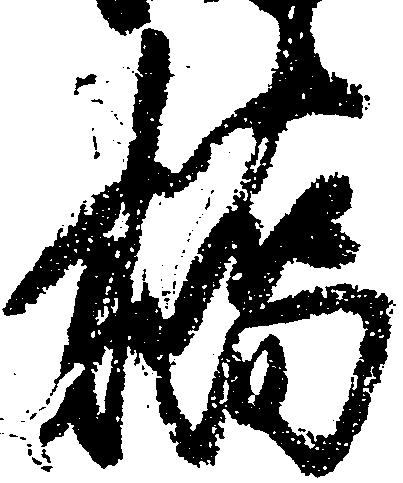
橋